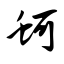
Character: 蚵